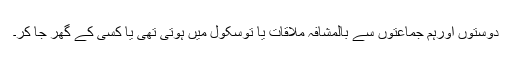
دوستوں اورہم جماعتوں سے بالمشافہ ملاقات یا توسکول میں ہوتی تھی یا کسی کے گھر جا کر۔